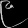
Digit: ၉